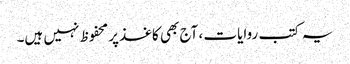
یہ کتب روایات ، آج بھی کاغذ‌پر محفوظ نہیں ہیں۔